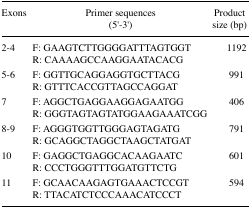
<table><thead><tr><td><b>Exons</b></td><td><b>Primer sequences (5′-3′)</b></td><td><b>Product size (bp)</b></td></tr></thead><tbody><tr><td>2–4</td><td>F: GAAGTCTTGGGGATTTAGTGGTR: CAAAAGCCAAGGAATACACG</td><td>1192</td></tr><tr><td>5–6</td><td>F: GGTTGCAGGAGGTGCTTACGR: GTTTCACCGTTAGCCAGGAT</td><td>991</td></tr><tr><td>7</td><td>F: AGGCTGAGGAAGGAGAATGGR: GGGTAGTAGTATGGAAGAAATCGG</td><td>406</td></tr><tr><td>8–9</td><td>F: AGGGTGGTTGGGAGTAGATGR: GCAGGCTAGGCTAAGCTATGAT</td><td>791</td></tr><tr><td>10</td><td>F: GAGGCTGAGGCACAAGAATCR: CCCTGGGTTTGGATGTTCTG</td><td>601</td></tr><tr><td>11</td><td>F: GCAACAAGAGTGAAACTCCGTR: TTACATCTCCCAAACATCCCT</td><td>594</td></tr></tbody></table>